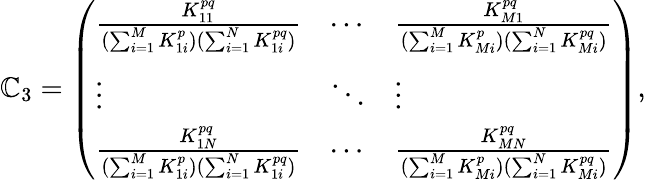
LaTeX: \mathbb{C}_{3}=\left(\begin{array}{lll}{\frac{K_{11}^{pq}}{(\sum_{i=1}^{M}K_{1i}^{p})(\sum_{i=1}^{N}K_{1i}^{pq})}}&{\cdots}&{\frac{K_{M1}^{pq}}{(\sum_{i=1}^{M}K_{Mi}^{p})(\sum_{i=1}^{N}K_{Mi}^{pq})}}\\ {\vdots}&{\ddots}&{\vdots}\\ {\frac{K_{1N}^{pq}}{(\sum_{i=1}^{M}K_{1i}^{p})(\sum_{i=1}^{N}K_{1i}^{pq})}}&{\cdots}&{\frac{K_{MN}^{pq}}{(\sum_{i=1}^{M}K_{Mi}^{p})(\sum_{i=1}^{N}K_{Mi}^{pq})}}\end{array}\right),